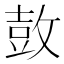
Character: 𮮦